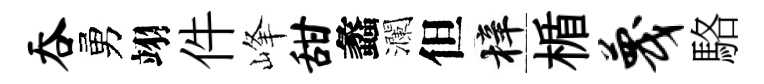
吞勇翊件峰甜蠡瀾但梓楯蔑駱